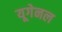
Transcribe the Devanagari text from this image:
यूगेनल